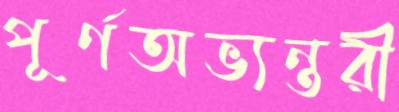
পূর্ণঅভ্যন্তরী